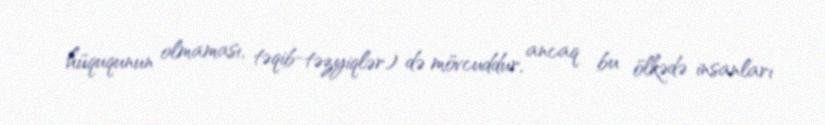
hüququnun olmaması, təqib-təzyiqlər) də mövcuddur, ancaq bu ölkədə insanları